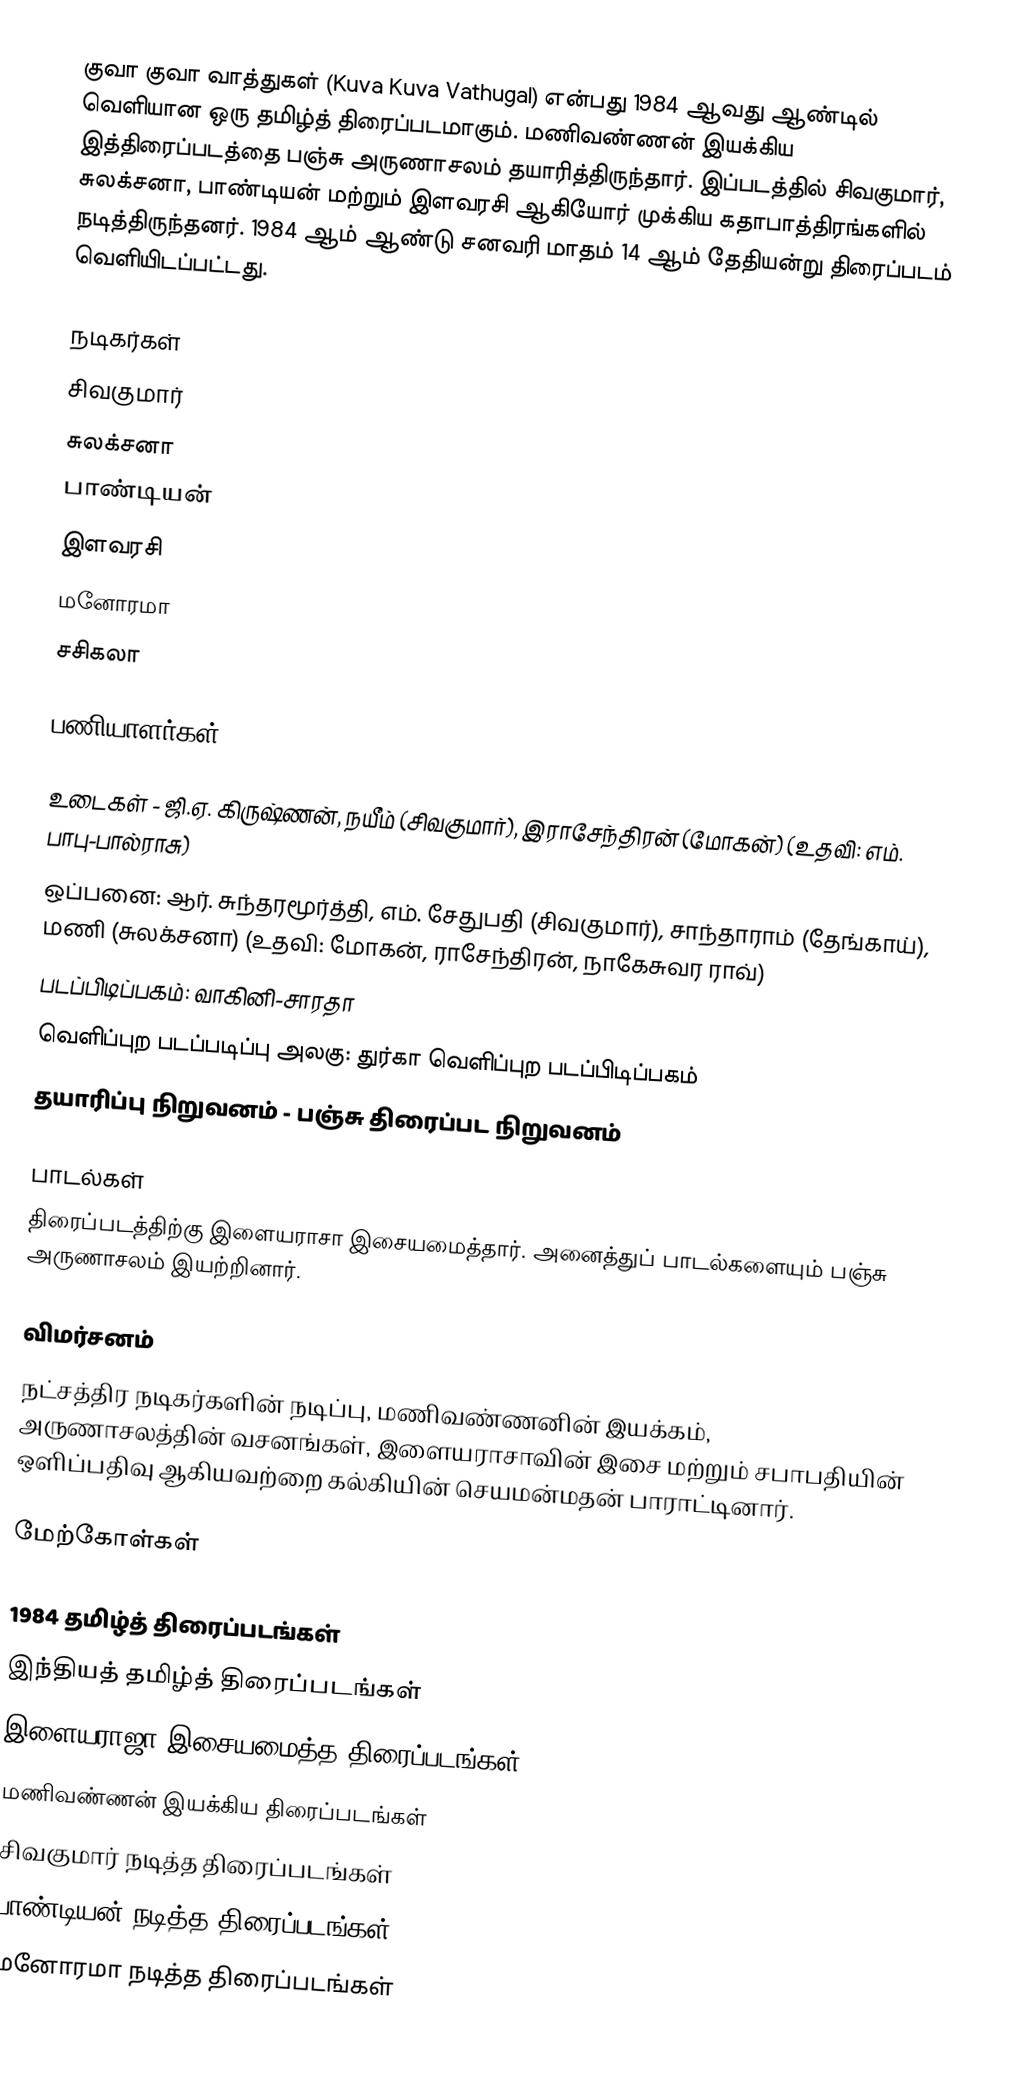
குவா குவா வாத்துகள் (Kuva Kuva Vathugal) என்பது 1984 ஆவது ஆண்டில் வெளியான ஒரு தமிழ்த் திரைப்படமாகும். மணிவண்ணன் இயக்கிய இத்திரைப்படத்தை பஞ்சு அருணாசலம் தயாரித்திருந்தார். இப்படத்தில் சிவகுமார், சுலக்சனா, பாண்டியன் மற்றும் இளவரசி ஆகியோர் முக்கிய கதாபாத்திரங்களில் நடித்திருந்தனர். 1984 ஆம் ஆண்டு சனவரி மாதம் 14 ஆம் தேதியன்று திரைப்படம் வெளியிடப்பட்டது.

நடிகர்கள்
சிவகுமார்
சுலக்சனா
பாண்டியன்
இளவரசி
மனோரமா
 சசிகலா

பணியாளர்கள்

 உடைகள் - ஜி.ஏ. கிருஷ்ணன், நயீம் (சிவகுமார்), இராசேந்திரன் (மோகன்) (உதவி: எம். பாபு-பால்ராசு)
 ஒப்பனை: ஆர். சுந்தரமூர்த்தி, எம். சேதுபதி (சிவகுமார்), சாந்தாராம் (தேங்காய்), மணி (சுலக்சனா) (உதவி: மோகன், ராசேந்திரன், நாகேசுவர ராவ்)
 படப்பிடிப்பகம்: வாகினி-சாரதா
 வெளிப்புற படப்படிப்பு அலகு: துர்கா வெளிப்புற படப்பிடிப்பகம்
 தயாரிப்பு நிறுவனம் - பஞ்சு திரைப்பட நிறுவனம்

பாடல்கள்
திரைப்படத்திற்கு இளையராசா இசையமைத்தார். அனைத்துப் பாடல்களையும் பஞ்சு அருணாசலம் இயற்றினார்.

விமர்சனம்
நட்சத்திர நடிகர்களின் நடிப்பு, மணிவண்ணனின் இயக்கம், அருணாசலத்தின் வசனங்கள், இளையராசாவின் இசை மற்றும் சபாபதியின் ஒளிப்பதிவு ஆகியவற்றை கல்கியின் செயமன்மதன் பாராட்டினார்.

மேற்கோள்கள்

1984 தமிழ்த் திரைப்படங்கள்
இந்தியத் தமிழ்த் திரைப்படங்கள்
இளையராஜா இசையமைத்த திரைப்படங்கள்
மணிவண்ணன் இயக்கிய திரைப்படங்கள்
சிவகுமார் நடித்த திரைப்படங்கள்
பாண்டியன் நடித்த திரைப்படங்கள்
மனோரமா நடித்த திரைப்படங்கள்